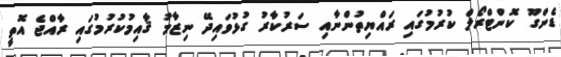
ޑެންގޫ ކޮންޓްރޯލް ކުރުމުގައި ރައްޔިތުންނާއި ސަރުކާރު ގުޅުވައިދޭ ނިޒާމު ޤާއިމުކުރުމުގައި ރާއްޖެ އޮތީ